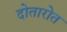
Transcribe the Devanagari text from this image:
दोतारोत